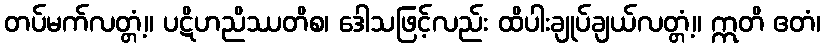
တပ်မက်လတ္တံ့။ ပဋိဟညိဿတိစ၊ ဒေါသဖြင့်လည်း ထိပါးချုပ်ချယ်လတ္တံ့။ ဣတိ ဧတံ၊